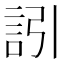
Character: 訠